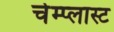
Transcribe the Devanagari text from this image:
चेम्प्लास्ट